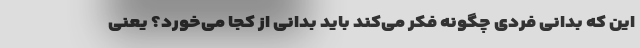
این که بدانی فردی چگونه فکر می‌کند باید بدانی از کجا می‌خورد؟ یعنی